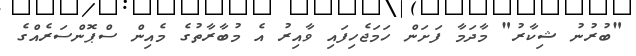
"ބުރުނު ޝިކާރު" މާދަމާ ފަށަން ހަމަޖެހިފައި ވާއިރު އެ މުބާރާތުގެ މެއިން ސްޕޮންސަރެއްގެ